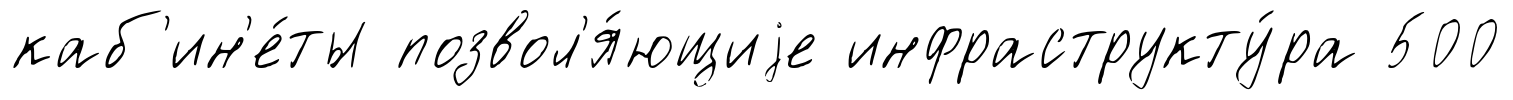
каб'ин'е́ты позвол'я́ющиjе инфраструкту́ра 500